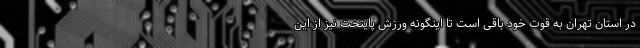
در استان تهران به قوت خود باقی است تا اینگونه ورزش پایتخت نیز از این